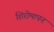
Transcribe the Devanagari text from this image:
शिरोमापन